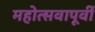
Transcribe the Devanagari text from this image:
महोत्सवापूर्वी